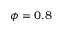
\phi = 0 . 8